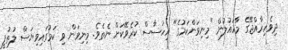
ދިވެހިރާއްޖޭގެ މާހައުލުން "މިނިވަންކަމުގެ" އިހުސާސް ކުރެވޭކަށް ނެތެވެ. މިނިވަން ވި ކަމުގައިވިޔަސް ލުތުފީ